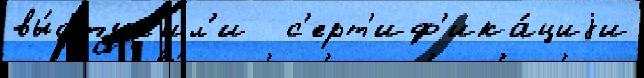
вы́ступ'ил'и   с'ерт'иф'ика́циjи